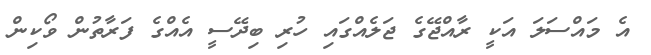
އެ މައްސަލަ އަކީ ރާއްޖޭގެ ޖަލެއްގައި ހުރި ބިދޭސީ އެއްގެ ފަރާތުން ވޯކިން